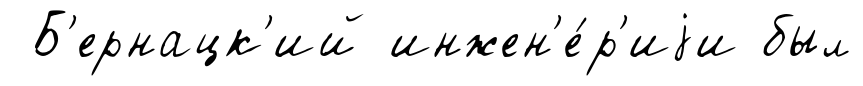
Б'ернацк'ий инжен'е́р'иjи был